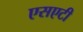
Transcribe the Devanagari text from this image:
एसएटी